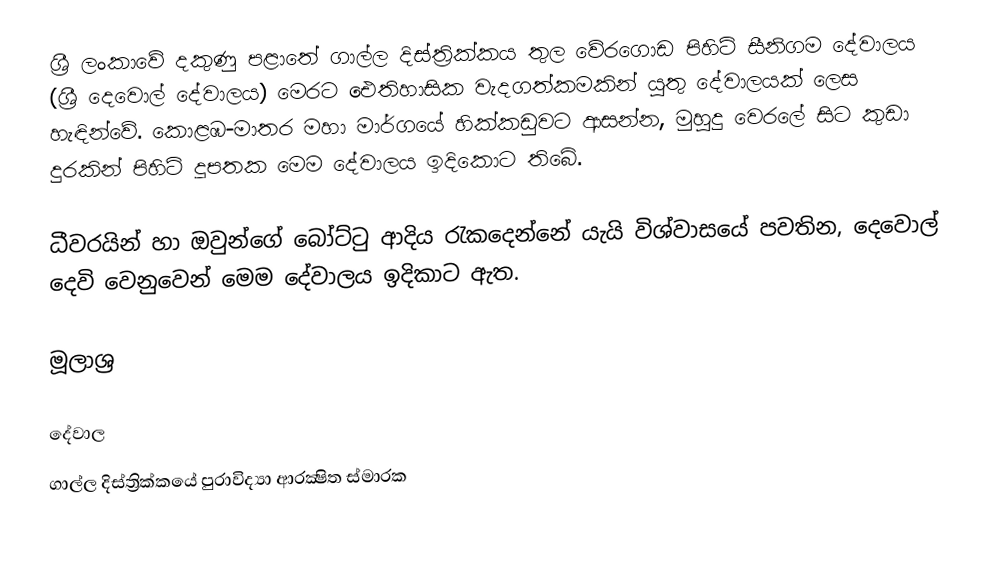
ශ්‍රී ලංකාවේ  දකුණු පළාතේ ගාල්ල දිස්ත්‍රික්කය තුල වේරගොඩ පිහිටි සීනිගම දේවාලය (ශ්‍රී දෙවොල් දේවාලය) මෙරට ඓතිහාසික වැදගත්කමකින් යුතු දේවාලයක් ලෙස හැඳින්වේ. කොළඹ-මාතර මහා මාර්ගයේ හික්කඩුවට ආසන්න, මුහුදු වෙරලේ සිට කුඩා දුරකින් පිහිටි දූපතක මෙම දේවාලය ඉදිකොට තිබේ.

ධීවරයින් හා ඔවුන්ගේ බෝට්ටු ආදිය රැකදෙන්නේ යැයි විශ්වාසයේ පවතින, දෙවොල් දෙවි වෙනුවෙන් මෙම දේවාලය ඉදිකාට ඇත.

මූලාශ්‍ර

දේවාල
ගාල්ල දිස්ත්‍රික්කයේ පුරාවිද්‍යා ආරක්‍ෂිත ස්මාරක